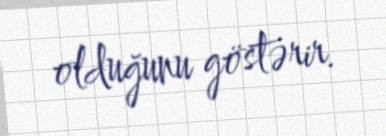
olduğunu göstərir.